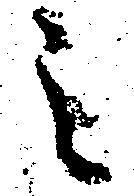
之